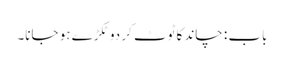
باب : چاند کا ٹوٹ کر دو ٹکڑے ہو جانا۔